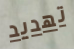
تهديد